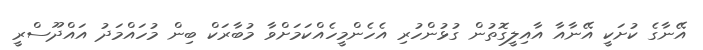
އޭނާގެ ކުށަކީ އޭނާއާ އާއިލީގޮތުން ގުޅުންހުރި އެހެންމީހެއްކަމަށްވާ މުބާރަކް ބިން މުހައްމަދު އައްދޫސްރީ